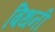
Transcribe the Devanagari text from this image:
बिथनी